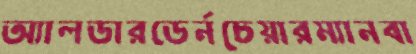
অ্যালডারডের্নচেয়ারম্যানবা